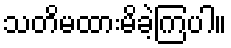
သတိမထားမိခဲ့ကြပါ။